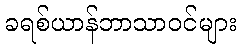
ခရစ်ယာန်ဘာသာဝင်များ